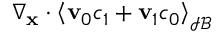
\nabla _ { \mathbf x } \cdot \left\langle \mathbf v _ { 0 } c _ { 1 } + \mathbf v _ { 1 } c _ { 0 } \right\rangle _ { \mathcal { I B } }